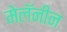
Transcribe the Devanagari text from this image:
मेलॅनीन